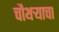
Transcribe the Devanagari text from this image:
चौथऱ्याचा